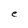
Character: e